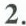
2.